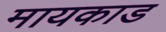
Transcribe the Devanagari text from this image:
मायकाड